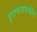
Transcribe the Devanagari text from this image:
इराणजवळील